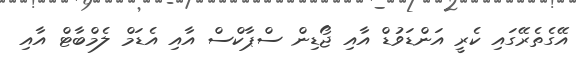
އޭގެތެރޭގައި ކެރީ އަންޑަވުޑް އާއި ޖޯޑިން ސްޕާކްސް އާއި އެޑަމް ލެމްބާޓް އާއި